Civil Veterinary Department. Madras. Admin. report 1926-33 - 1926-1933
Year: 1926
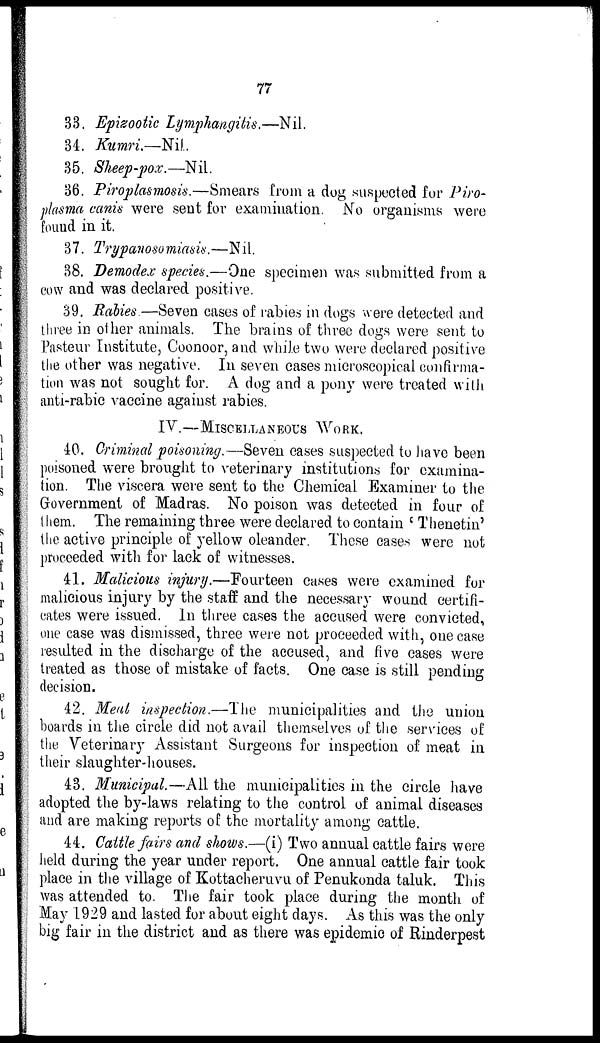
77
33. Epizootic Lymphangitis.—Nil.
34. Kumri.—Nil.
35. Sheep-pox.—Nil.
36. Piroplasmosis.—Smears from a dog suspected for Piro-
plasma canis were sent for examination. No organisms were
found in it.
37. Trypanosomiasis.—Nil.
38. Demodex species.—One specimen was submitted from a
cow and was declared positive.
39. Rabies.—Seven cases of rabies in dogs were detected and
three in other animals. The brains of three dogs were sent to
Pasteur Institute, Coonoor, and while two were declared positive
the other was negative. In seven cases microscopical confirma-
tion was not sought for. A dog and a pony were treated with
anti-rabic vaccine against rabies.
IV.—MISCELLANEOUS WORK.
40. Criminal poisoning.—Seven cases suspected to have been
poisoned were brought to veterinary institutions for examina-
tion. The viscera were sent to the Chemical Examiner to the
Government of Madras. No poison was detected in four of
them. The remaining three were declared to contain 'Thenetin'
the active principle of yellow oleander. These cases were not
proceeded with for lack of witnesses.
41. Malicious injury.—Fourteen cases were examined for
malicious injury by the staff and the necessary wound certifi-
cates were issued. In three cases the accused were convicted,
one case was dismissed, three were not proceeded with, one case
resulted in the discharge of the accused, and five cases were
treated as those of mistake of facts. One case is still pending
decision.
42. Meat inspection.—The municipalities and the union
boards in the circle did not avail themselves of the services of
the Veterinary Assistant Surgeons for inspection of meat in
their slaughter-houses.
43. Municipal.—All the municipalities in the circle have
adopted the by-laws relating to the control of animal diseases
and are making reports of the mortality among cattle.
44. Cattle fairs and shows.—(i) Two annual cattle fairs were
held during the year under report. One annual cattle fair took
place in the village of Kottacheruvu of Penukonda taluk. This
was attended to. The fair took place during the month of
May 1929 and lasted for about eight days. As this was the only
big fair in the district and as there was epidemic of Rinderpest